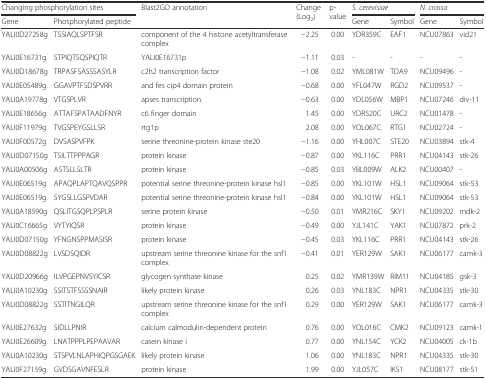
<table><thead><tr><td colspan="2"><b>Changing phosphorylation sites</b></td><td rowspan="2"><b>Blast2GO annotation</b></td><td rowspan="2"><b>Change (Log<sub>2</sub>)</b></td><td rowspan="2"><b>p-value</b></td><td colspan="2"><b><i>S. cerevisiae</i></b></td><td colspan="2"><b><i>N. crassa</i></b></td></tr><tr><td><b>Gene</b></td><td><b>Phosphorylated peptide</b></td><td><b>Gene</b></td><td><b>Symbol</b></td><td><b>Gene</b></td><td><b>Symbol</b></td></tr></thead><tbody><tr><td>YALI0D27258g</td><td>TSSIAQLSPTFSR</td><td>component of the 4 histone acetyltransferase complex</td><td>−2.25</td><td>0.00</td><td>YDR359C</td><td>EAF1</td><td>NCU07863</td><td>vid21</td></tr><tr><td>YALI0E16731g</td><td>STPIQTSQSPIQTR</td><td>YALI0E16731p</td><td>−1.11</td><td>0.03</td><td>-</td><td>-</td><td>-</td><td>-</td></tr><tr><td>YALI0D18678g</td><td>TRPASFSASSSASYLR</td><td>c2h2 transcription factor</td><td>−1.08</td><td>0.02</td><td>YML081W</td><td>TDA9</td><td>NCU09496</td><td>-</td></tr><tr><td>YALI0E05489g</td><td>GGAVPTFSDSPVRR</td><td>and fes cip4 domain protein</td><td>−0.68</td><td>0.00</td><td>YFL047W</td><td>RGD2</td><td>NCU09537</td><td>-</td></tr><tr><td>YALI0A19778g</td><td>VTGSPLVR</td><td>apses transcription</td><td>−0.63</td><td>0.00</td><td>YDL056W</td><td>MBP1</td><td>NCU07246</td><td>div-11</td></tr><tr><td>YALI0E18656g</td><td>ATTAFSPATAADFNYR</td><td>c6 finger domain</td><td>1.45</td><td>0.00</td><td>YDR520C</td><td>URC2</td><td>NCU01478</td><td>-</td></tr><tr><td>YALI0F11979g</td><td>TVGSPEYGSLLSR</td><td>rtg1p</td><td>2.08</td><td>0.00</td><td>YOL067C</td><td>RTG1</td><td>NCU02724</td><td>-</td></tr><tr><td>YALI0F00572g</td><td>DVSASPVFPK</td><td>serine threonine-protein kinase ste20</td><td>−1.16</td><td>0.00</td><td>YHL007C</td><td>STE20</td><td>NCU03894</td><td>stk-4</td></tr><tr><td>YALI0D07150g</td><td>TSILTTPPPAGR</td><td>protein kinase</td><td>−0.87</td><td>0.00</td><td>YKL116C</td><td>PRR1</td><td>NCU04143</td><td>stk-26</td></tr><tr><td>YALI0A00506g</td><td>ASTSLLSLTR</td><td>protein kinase</td><td>−0.85</td><td>0.03</td><td>YBL009W</td><td>ALK2</td><td>NCU00407</td><td>-</td></tr><tr><td>YALI0E06519g</td><td>APAQPLAPTQAVQSPPR</td><td>potential serine threonine-protein kinase hsl1</td><td>−0.85</td><td>0.00</td><td>YKL101W</td><td>HSL1</td><td>NCU09064</td><td>stk-53</td></tr><tr><td>YALI0E06519g</td><td>SYGSLLGSPVDAR</td><td>potential serine threonine-protein kinase hsl1</td><td>−0.84</td><td>0.00</td><td>YKL101W</td><td>HSL1</td><td>NCU09064</td><td>stk-53</td></tr><tr><td>YALI0A18590g</td><td>QSLITGSQPLPSPLR</td><td>serine protein kinase</td><td>−0.50</td><td>0.01</td><td>YMR216C</td><td>SKY1</td><td>NCU09202</td><td>mdk-2</td></tr><tr><td>YALI0C16665g</td><td>VYTYIQSR</td><td>protein kinase</td><td>−0.49</td><td>0.00</td><td>YJL141C</td><td>YAK1</td><td>NCU07872</td><td>prk-2</td></tr><tr><td>YALI0D07150g</td><td>YFNGNSPPMASISR</td><td>protein kinase</td><td>−0.45</td><td>0.03</td><td>YKL116C</td><td>PRR1</td><td>NCU04143</td><td>stk-26</td></tr><tr><td>YALI0D08822g</td><td>LVSDSQIDR</td><td>upstream serine threonine kinase for the snf1 complex</td><td>−0.41</td><td>0.01</td><td>YER129W</td><td>SAK1</td><td>NCU06177</td><td>camk-3</td></tr><tr><td>YALI0D20966g</td><td>ILVPGEPNVSYICSR</td><td>glycogen synthase kinase</td><td>0.25</td><td>0.02</td><td>YMR139W</td><td>RIM11</td><td>NCU04185</td><td>gsk-3</td></tr><tr><td>YALI0A10230g</td><td>SSITSTFSSSSNAIR</td><td>likely protein kinase</td><td>0.26</td><td>0.03</td><td>YNL183C</td><td>NPR1</td><td>NCU04335</td><td>stk-30</td></tr><tr><td>YALI0D08822g</td><td>SSTITNGILQR</td><td>upstream serine threonine kinase for the snf1 complex</td><td>0.29</td><td>0.00</td><td>YER129W</td><td>SAK1</td><td>NCU06177</td><td>camk-3</td></tr><tr><td>YALI0E27632g</td><td>SIDLLPNIR</td><td>calcium calmodulin-dependent protein</td><td>0.76</td><td>0.00</td><td>YOL016C</td><td>CMK2</td><td>NCU09123</td><td>camk-1</td></tr><tr><td>YALI0E26609g</td><td>LNATPPPLPEPAAVAR</td><td>casein kinase i</td><td>0.77</td><td>0.00</td><td>YNL154C</td><td>YCK2</td><td>NCU04005</td><td>ck-1b</td></tr><tr><td>YALI0A10230g</td><td>STSPVLNLAPHIQPGSGAEK</td><td>likely protein kinase</td><td>1.06</td><td>0.00</td><td>YNL183C</td><td>NPR1</td><td>NCU04335</td><td>stk-30</td></tr><tr><td>YALI0F27159g</td><td>GVDSGAVNFESLR</td><td>protein kinase</td><td>1.99</td><td>0.00</td><td>YJL057C</td><td>IKS1</td><td>NCU08177</td><td>stk-51</td></tr></tbody></table>